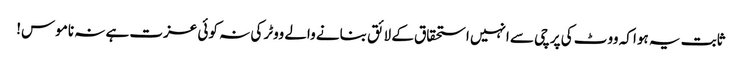
ثابت یہ ہوا کہ ووٹ کی پرچی سے انہیں استحقاق کے لائق بنانے والے ووٹر کی نہ کوئی عزت ہے نہ ناموس!